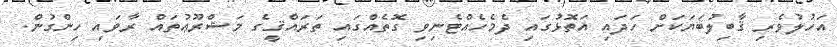
އަހުލުވެރި ޤާބިލުބަޔަކަށް ހަދައި އަތޮޅުގައި ދެމެހެއްޓެނިވި ގޮތެއްގައި ތަރައްޤީގެ މަޝްރޫޢުތައް ރާވައި ހިންގުން.